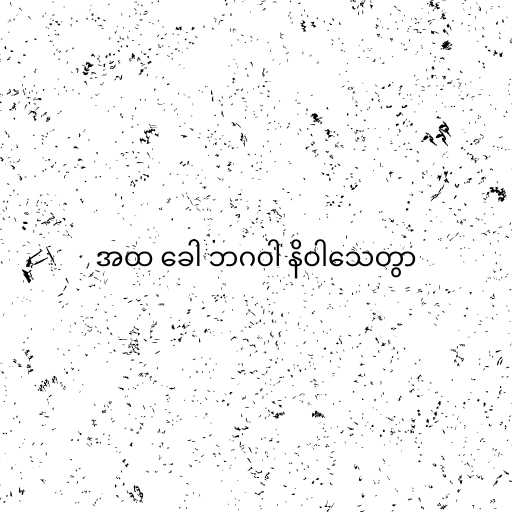
အထ ခေါ ဘဂဝါ နိဝါသေတွာ